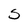
Character: 5